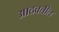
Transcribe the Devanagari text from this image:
आठवतील